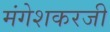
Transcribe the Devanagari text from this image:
मंगेशकरजी